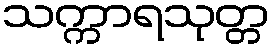
သက္ကာရသုတ္တ